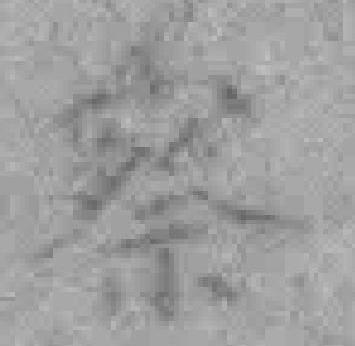
察